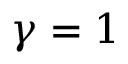
\gamma = 1